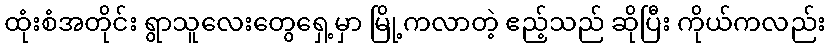
ထုံးစံအတိုင်း ရွာသူလေးတွေရှေ့မှာ မြို့ကလာတဲ့ ဧည့်သည် ဆိုပြီး ကိုယ်ကလည်း